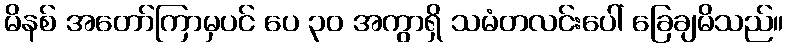
မိနစ် အတော်ကြာမှပင် ပေ ၃၀ အကွာရှိ သမံတလင်းပေါ် ခြေချမိသည်။